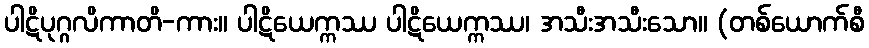
ပါဋိပုဂ္ဂလိကာတိ-ကား။ ပါဋိယေက္ကဿ ပါဋိယေက္ကဿ၊ အသီးအသီးသော။ (တစ်ယောက်စီ